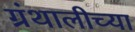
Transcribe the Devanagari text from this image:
ग्रंथालीच्‍या